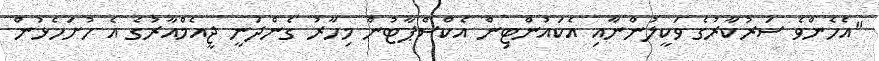
"އެހެންވެ ސަރުކާރުގެ ވަކީލުންނާއި އެކައުންޓިން އެކްސްޕާޓުން މިހާރު ގެންދަނީ ޖީއެމްއާރުގެ އެ ހުށަހެޅުން